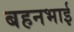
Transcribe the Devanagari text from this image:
बहनभाई